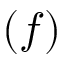
( f )